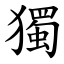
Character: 獨